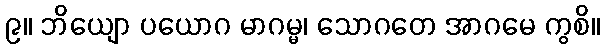
၉။ ဘိယျော ပယောဂ မာဂမ္မ၊ သောဂတေ အာဂမေ ကွစိ။